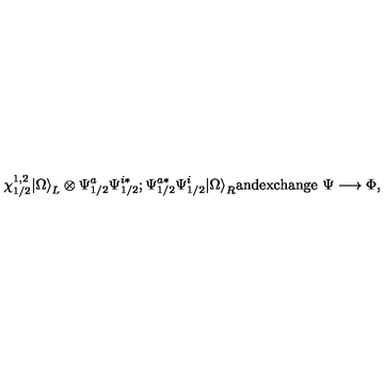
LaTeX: \chi _ { 1 / 2 } ^ { 1 , 2 } | \Omega { \rangle } _ { L } \otimes { \Psi } _ { 1 / 2 } ^ { a } { \Psi } _ { 1 / 2 } ^ { i * } ; { \Psi } _ { 1 / 2 } ^ { a * } { \Psi } _ { 1 / 2 } ^ { i } | \Omega { \rangle } _ { R } \mathrm { a n d e x c h a n g e } \ \Psi \longrightarrow \Phi ,